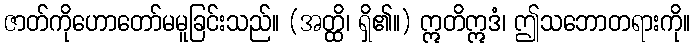
ဇာတ်ကိုဟောတော်မမူခြင်းသည်။ (အတ္ထိ၊ ရှိ၏။) ဣတိဣဒံ၊ ဤသဘောတရားကို။